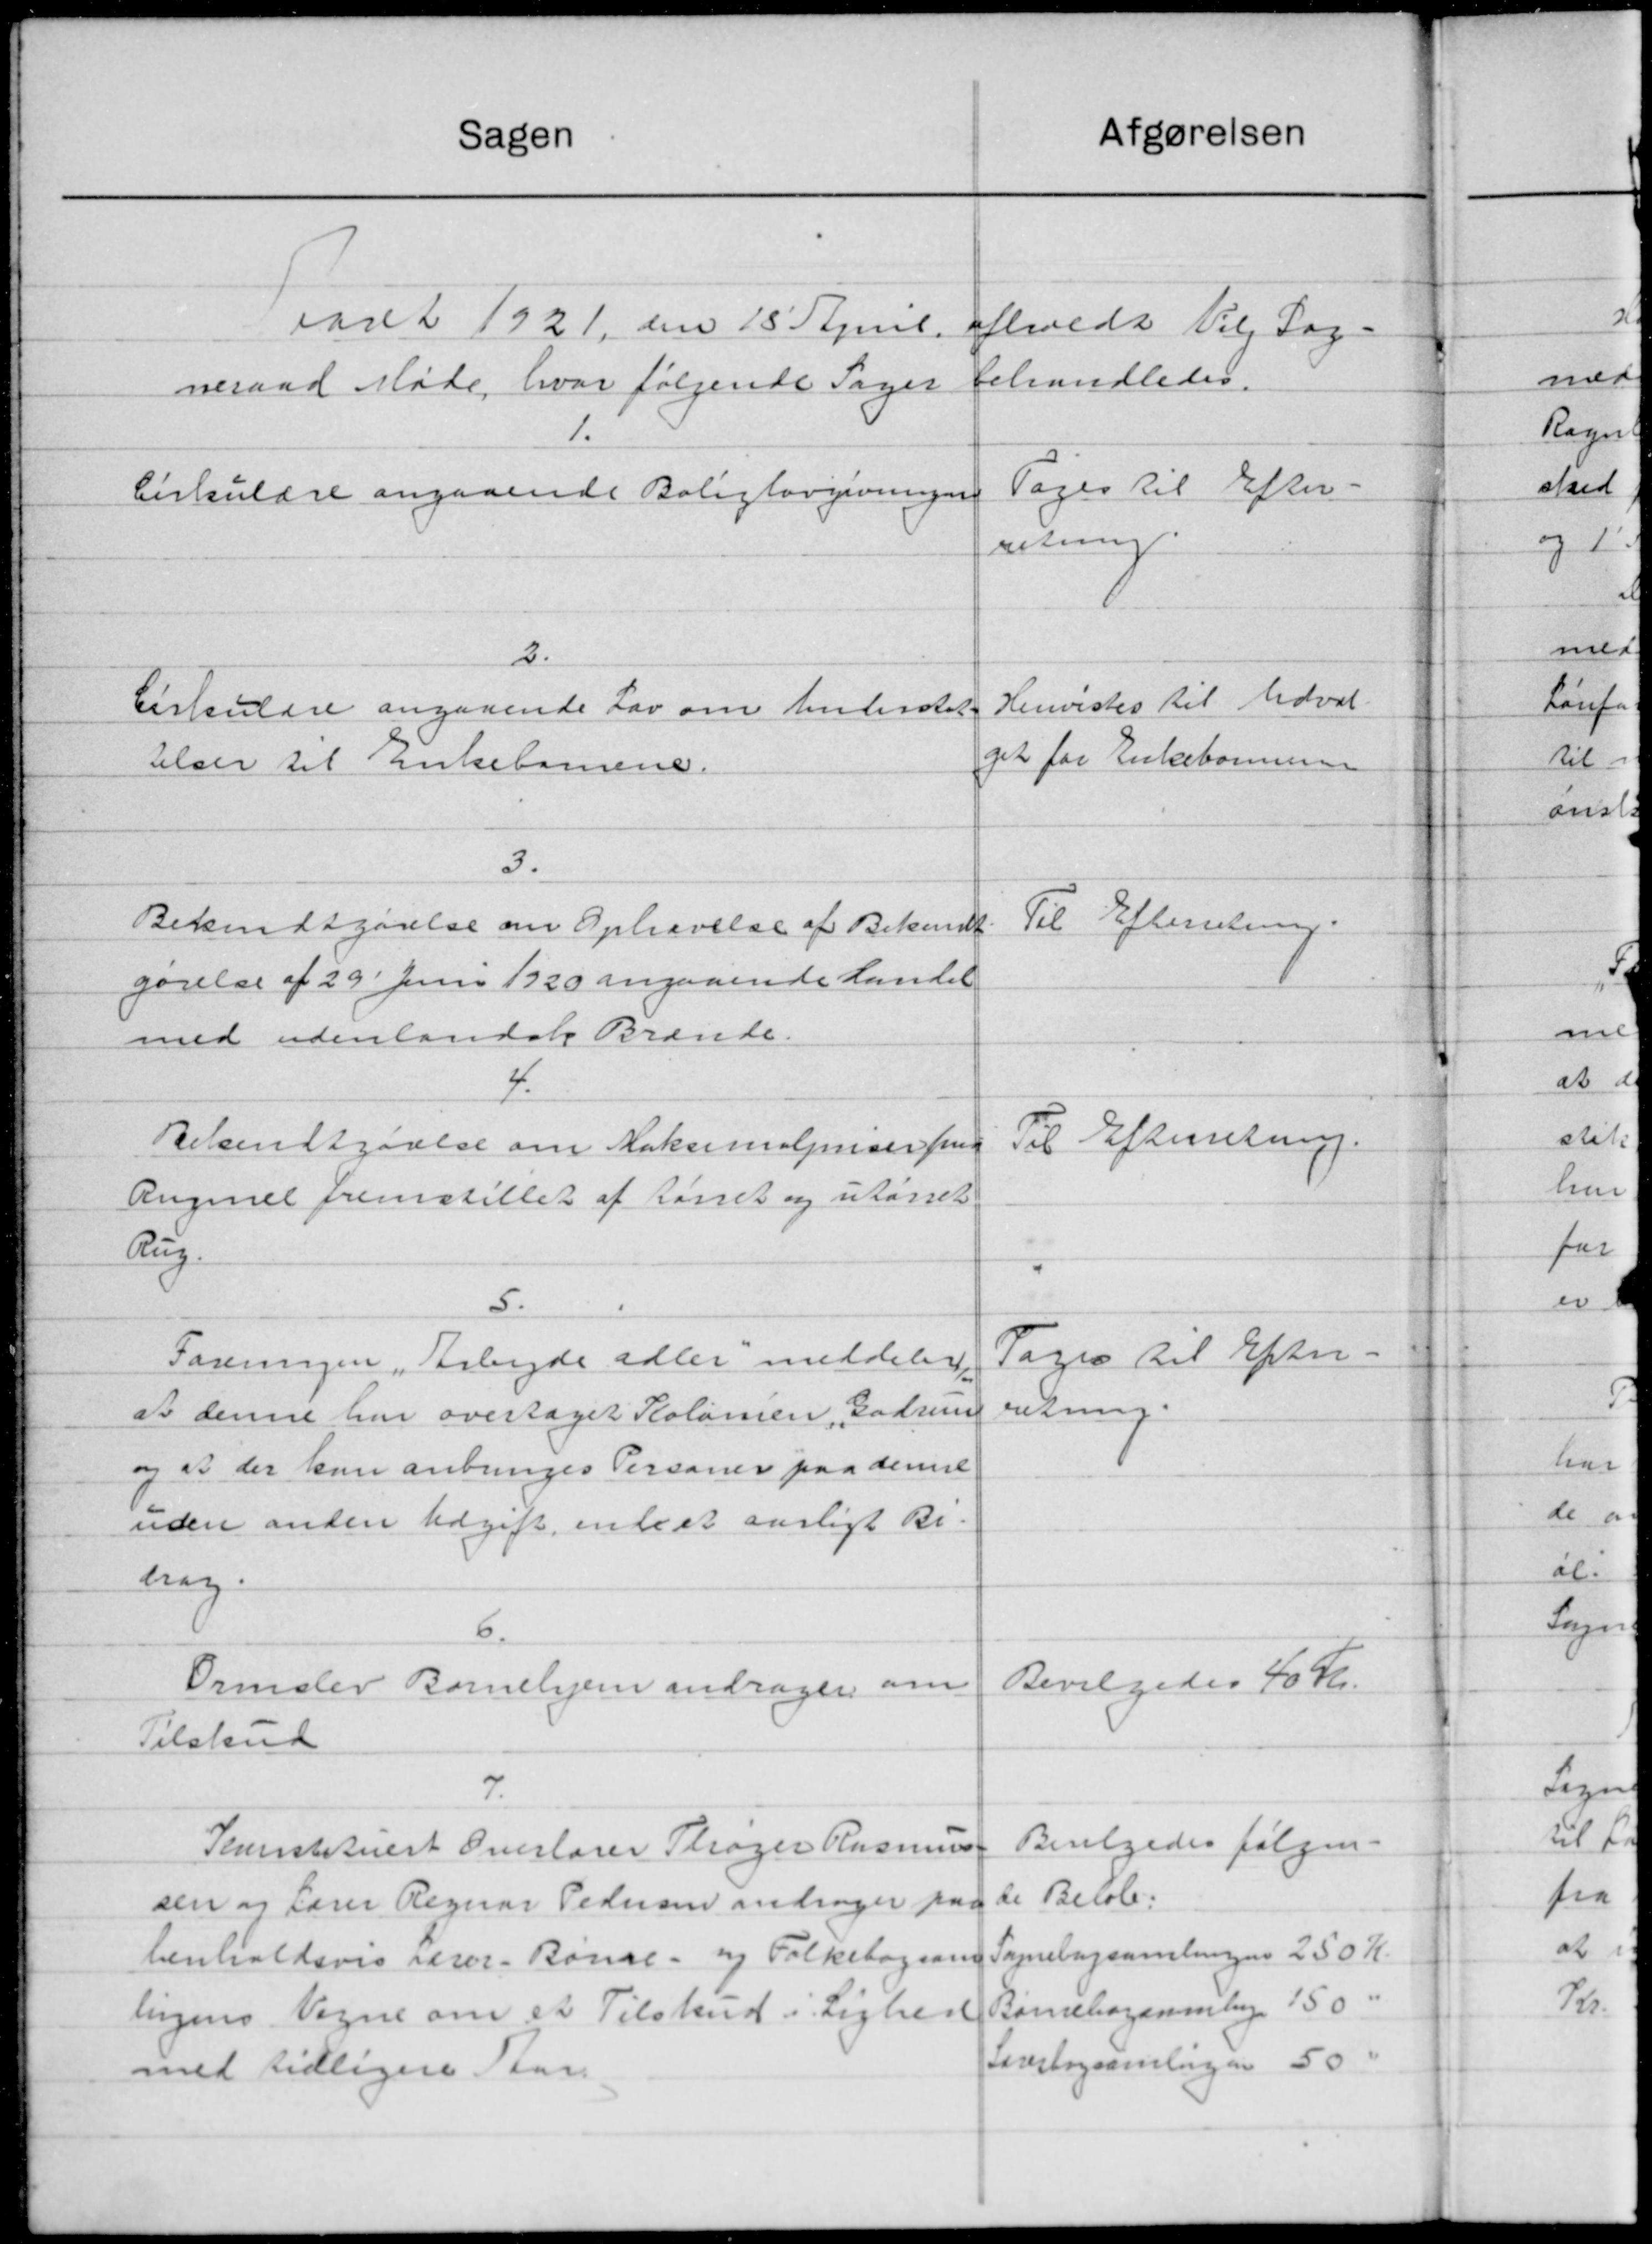
Transskription:
Aaret 1921, den 15´April afholdt Viby Sog- 
neraad Møde, hvor følgende Sager behandledes 
1.
Cirkulære angaaende Boliglovgivningen
 Tages til Efter-
retning 
2.
Cirkulære angaaende Lov om xxxerstat-
telser til Enkebørnene.
Henvises til Udval- 
get for Enkebørnene 
3.
Bekendtgørelse om Ophævelse af Bekendt-
gørelse af 29' Juni 1920 angaaende Handel
med udenlandsk Brænde.
Til Efterretning 
4.
Bekendtgørelse om Maksimalpriser for
Rugmel fremstillet af tørret og utørret
Rug
Til Efterretning 
5.
Foreningen "Arbejde adler" meddeler
at denne har overtaget Kolonien "Gudrun"
og at der kan anbringes Personer paa denne 
uden anden Udgift end et aarligt Bi-
drag.
Tages til Efter- 
 retning
6.
Ormslev Børnehjem andrager om 
Tilskud
 Bevilgedes 40 Kr.
7.
Konstitueret Overlærer Thøger Rasmus-
sen og Lærer Regnar Pedersen andrager paa
henholdsvis Lærer- Børne- og Folkebogsam-
lingens Vegne om et Tilskud i Lighed
med tidligere Aar
 Bevilgedes følgen-
de Beløb: 
Sognebogsamlingen 250 Kr. 
Børnebogsamlingen 150 " 
Lærerbogsamlingen 50 "